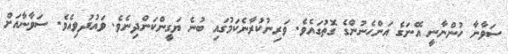
ސަވާނާ ހުންނާނީ އޭނަގެ އަންހެނުންގެ ގޮތުގައެވެ. ވަރިނުކުރާނެކަމުގައި ބުނެ ޔަގީންކަންދިނެވެ. ވައުދުވިއެވެ. ސަވާނާއަށް